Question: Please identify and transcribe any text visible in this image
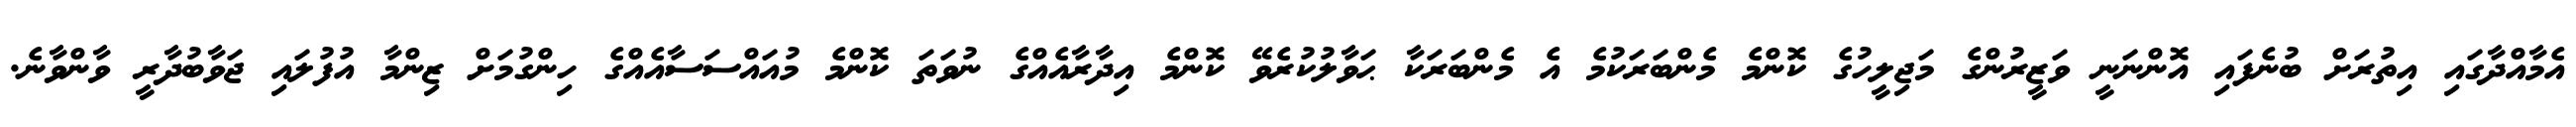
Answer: އެމާއްދާގައި އިތުރަށް ބުނެފައި އޮންނަނީ ވަޒީރުންގެ މަޖިލީހުގެ ކޮންމެ މެންބަރަކުމެ އެ މެންބަރަކާ ޙަވާލުކުރެވޭ ކޮންމެ އިދާރާއެއްގެ ނުވަތަ ކޮންމެ މުއައްސަސާއެއްގެ ހިންގުމަށް ޒިންމާ އުފުލައި ޖަވާބުދާރީ ވާންވާނެ.